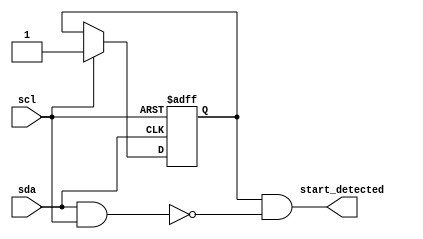
module start_logic (
    scl,
    sda,
    start_detected
);
    input scl;
    input sda;
    output start_detected;
    reg detected;

    assign start_detected = detected && !(sda & scl);
    always @(negedge sda or negedge scl) begin
        if(!scl)begin
            detected <= 1'b0;
        end else begin
            if(scl)begin
                detected <= 1'b1;
            end
        end
    end
endmodule